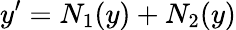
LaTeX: y^{\prime}=N_{1}(y)+N_{2}(y)